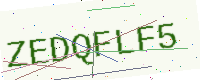
Text: ZEDQFLF5